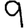
Digit: 9